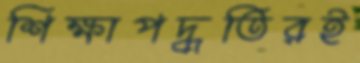
শিক্ষাপদ্ধতিরই